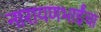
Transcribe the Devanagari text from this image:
नारायणभाईंचा